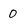
Character: 0